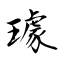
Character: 璩